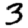
Digit: 3